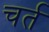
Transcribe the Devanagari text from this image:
चर्त